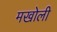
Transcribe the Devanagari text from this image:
मखोली